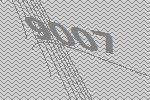
9007